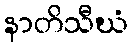
နာတိသီဃံ